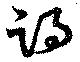
竭